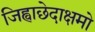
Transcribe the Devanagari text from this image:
जिह्वाछेदाक्षमो